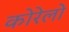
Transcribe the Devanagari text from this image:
कोरेलो